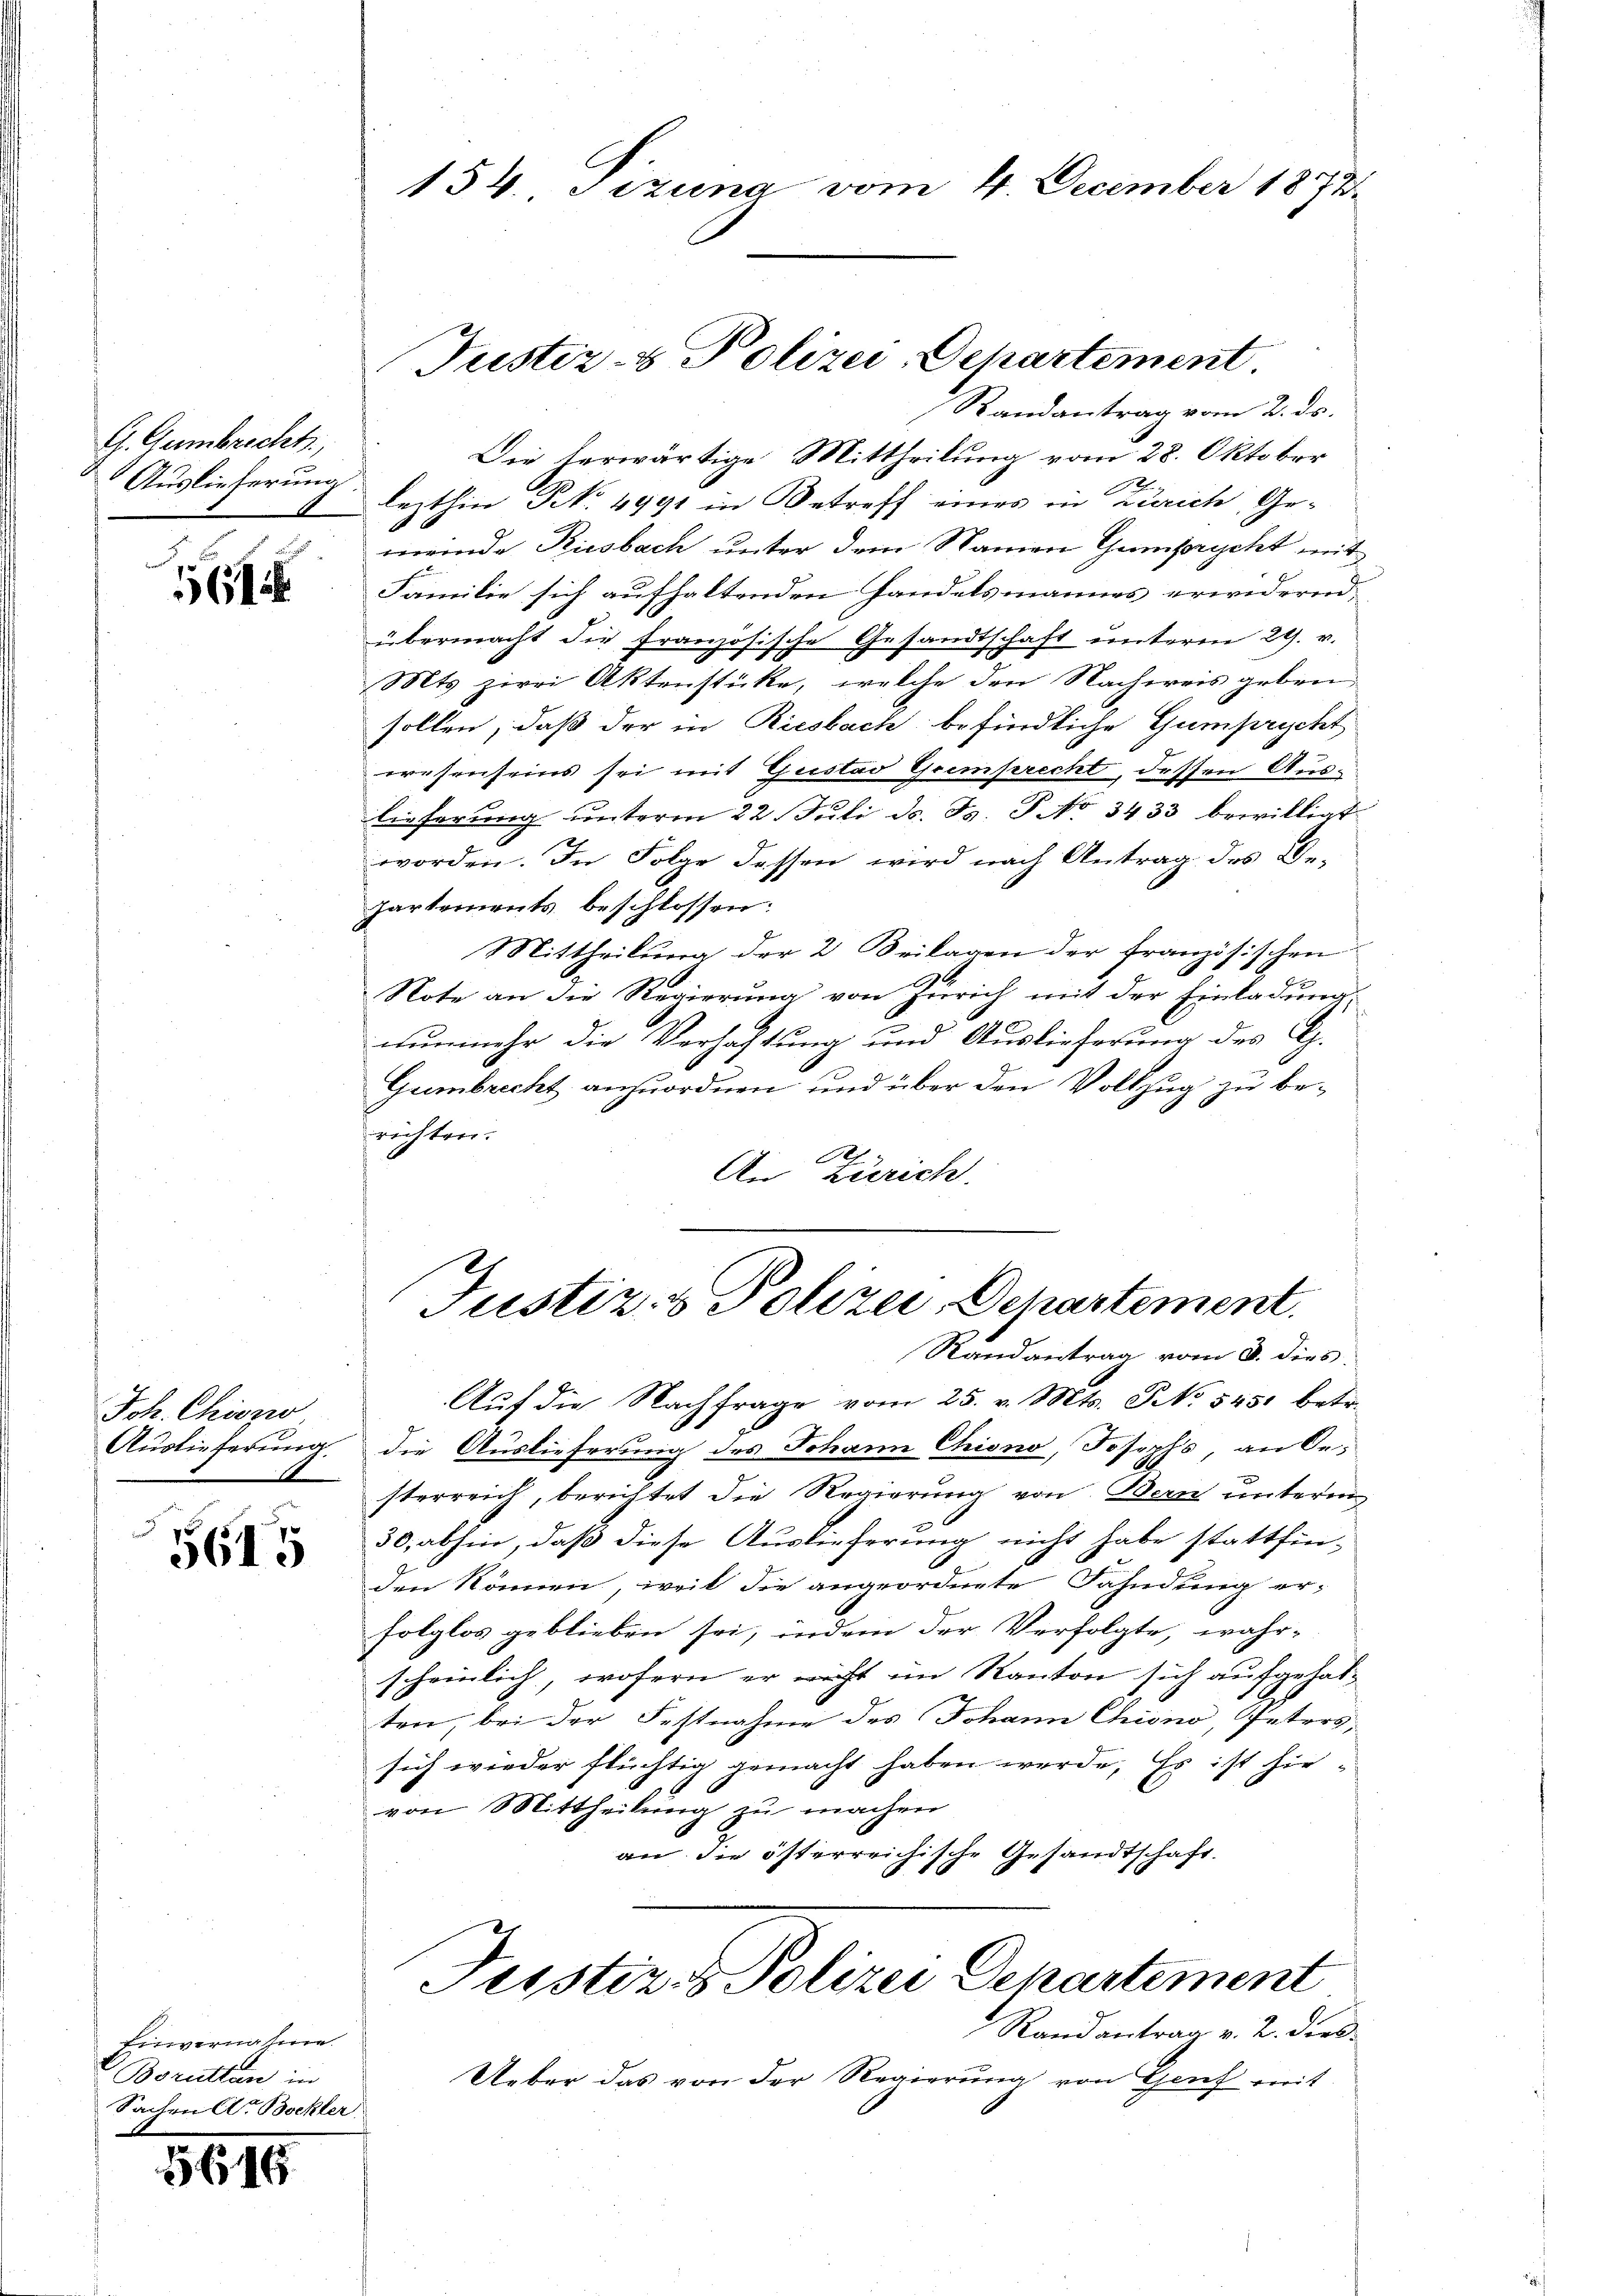
G. Gembrecht,
Auslieferung

561

Joh. Chiono
Auslieferung

5615

Einvernahme.
Boruttan in
Sachen A. Bockler

1646

154. Sizung vom 4. December 1873.

Randantrag vom 2. ds.
Die herwärtige Mittheilung vom 28. Oktober
lezthin No. 4991 in Betreff eines in Zürich, Ge-
meinde Riesbach unter dem Namen Gumprycht mit
Familie sich aufhaltenden Handelsmannes erwiderend.
übermacht die französische Gesandtschaft unterm 29. v.
Mts zwei Aktenstücke, welche den Nachweis geben,
sollen, daß der in Riesbach befindliche Gumprycht
wesenseins sei mit Gustav Geimprecht, dessen Auslieferung unterm 22 Juli d. Js. P No 3433 bewilligt.
worden. In Folge dessen wird nach Antrag des Bepartements beschlossen:
Mittheilung der 2 Beilagen der französischen
e
Note an die Regierung von Zürich mit der Einladung,
nunmehr die Verhaltung und Auslieferung des G.
Gumbrecht anzuordnen und über den Vollzug zu berichten.
A
An Zürich

Justiz- & Polizei, Departement

Justiz- & Polizei, Departement.
Randantrag vom 8. dies

Aŭf die Nachfrage vom 25. v. Mts. NNo. 5451 betr.
die Auslieferung des Johann Chiono, Josephs, an Or-
sterreich, berichtet die Regierung von Bern unterm
30, abhin, daß diese Auslieferung nicht habe stattfinden können, weil die angeordnete Fahndung er-
folglos geblieben sei, indem der Verfolgte, wahr-
scheinlich, wofern er nicht im Kanton sich aufgehalten, bei der Festnahme des Johann Chiono, Peters,
sich wieder flüchtig gemacht haben werde. Es ist hievon Mittheilung zu machen
an die österreichische Gesandtschaft.
Justiz & Polizei Departement
Randantrag v. 2. dies
Ueber das von der Regierung von Grief mit